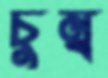
চুম্ব